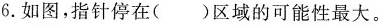
6.如图，指针停在()区域的可能性最大。